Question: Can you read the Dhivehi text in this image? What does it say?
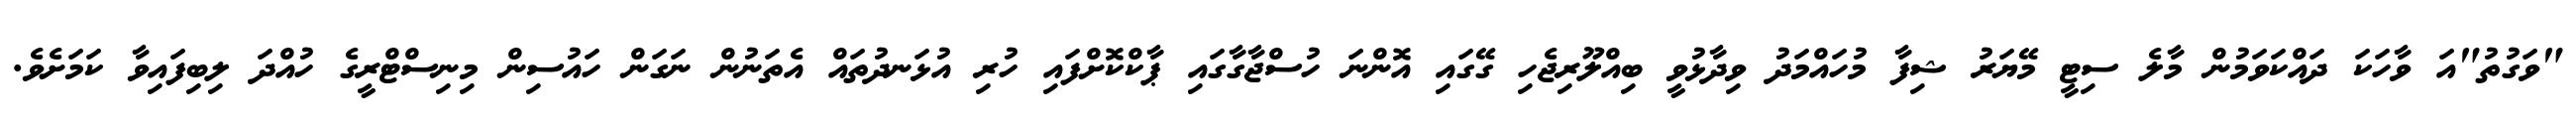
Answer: "ވަގުތު"އަ ވާހަކަ ދައްކަވަމުން މާލެ ސިޓީ މޭޔަރު ޝިފާ މުހައްމަދު ވިދާޅުވީ ބިއްލޫރިޖެހި ގޭގައި އޮންނަ ހުސްޖާގާގައި ޕާކްކޮށްފައި ހުރި އުޅަނދުތައް އެތަނުން ނަގަން ހައުސިން މިނިސްޓްރީގެ ހުއްދަ ލިބިފައިވާ ކަމަށެވެ.